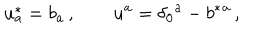
u _ { a } ^ { * } = b _ { a } \, , \qquad u ^ { a } = \delta _ { 0 } { } ^ { a } - b ^ { * } { } ^ { a } \, ,